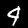
Digit: 4